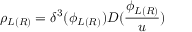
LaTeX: \rho _ { L ( R ) } = \delta ^ { 3 } ( \phi _ { L ( R ) } ) D ( \frac { \phi _ { L ( R ) } } u )